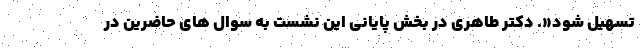
تسهیل شود«. دکتر طاهری در بخش پایانی این نشست به سوال های حاضرین در